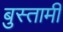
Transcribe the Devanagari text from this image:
बुस्तामी